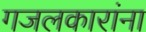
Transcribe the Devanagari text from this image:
गजलकारांना